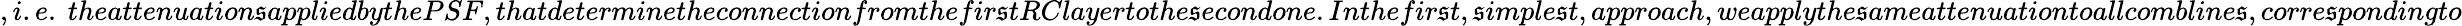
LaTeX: ,i.e.\ theattenuation\mathfrak{s}appliedbythePSF,thatdeterminetheconnectionfromthefir\mathfrak{s}tRClayertothe\mathfrak{s}econdone.Inthefir\mathfrak{s}t,\mathfrak{s}imple\mathfrak{s}t,approach,weapplythe\mathfrak{s}ameattenuationtoallcombline\mathfrak{s},corre\mathfrak{s}pondingto